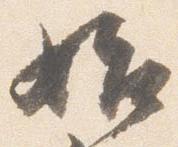
始